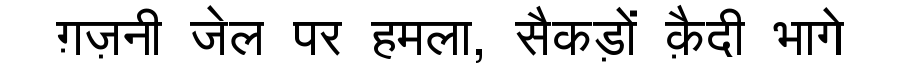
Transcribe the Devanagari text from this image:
ग़ज़नी जेल पर हमला, सैकड़ों क़ैदी भागे